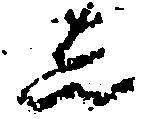
し